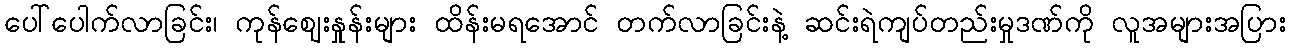
ပေါ်ပေါက်လာခြင်း၊ ကုန်ဈေးနှုန်းများ ထိန်းမရအောင် တက်လာခြင်းနဲ့ ဆင်းရဲကျပ်တည်းမှုဒဏ်ကို လူအများအပြား